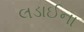
લડાઈના